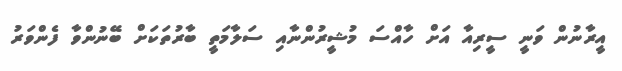
އީރާނުން ވަނީ ސީރިއާ އަށް ހާއްސަ މުޝީރުންނާއި ސަލާމަތީ ބާރުތަކަށް ބޭނުންވާ ފެންވަރު